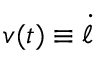
v ( t ) \equiv \dot { \ell }